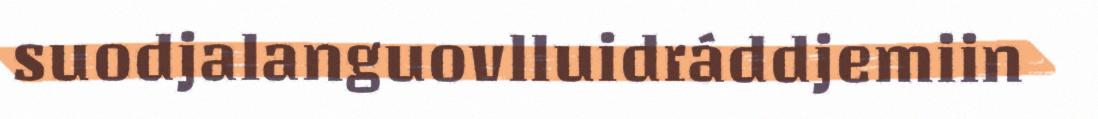
suodjalanguovlluidráddjemiin